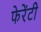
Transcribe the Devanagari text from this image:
फेरेंटी